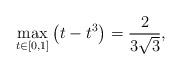
LaTeX: \begin{align*}\max_{t\in[0,1]}\left(t-t^3\right)=\frac{2}{3\sqrt{3}},\end{align*}